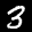
Label: 3